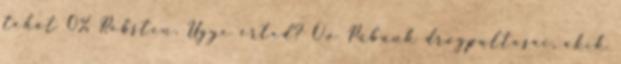
tehát 0% Robsten. Ugye érted? O.o Pubunk drogpultosai, akik